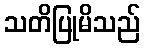
သတိပြုမိသည်